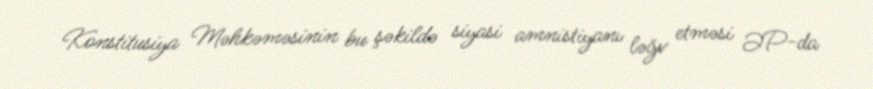
Konstitusiya Məhkəməsinin bu şəkildə siyasi amnistiyanı ləğv etməsi ƏP-da